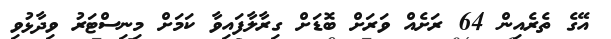
އޭގެ ތެރެއިން 64 ރަށެއް ވަރަށް ބޮޑަށް ގިރާލާފައިވާ ކަމަށް މިނިސްޓަރު ވިދާޅުވި